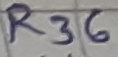
Text: R36